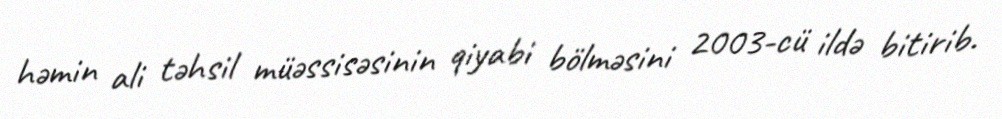
həmin ali təhsil müəssisəsinin qiyabi bölməsini 2003-cü ildə bitirib.